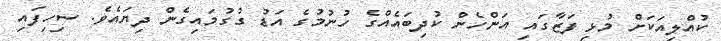
ކުއްލިއަކަށް މުޅި ފަޒާގައި އަންހެން ކުދިބައެއްގެ ހުނުމުގެ އަޑު ގުގުމައިގެން ދިޔައެވެ. ސިހިފައި